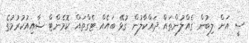
ސީ އަށް ލިބުން ގެއްލުންތައް ދައްކާލުން ގުޅޭ ބައެއް ޓެގްތައް ކޮމެންޓް ޝާއިއުކުރުމުގެ